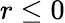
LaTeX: r\leq 0